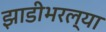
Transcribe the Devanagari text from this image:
झाडीभरल्या